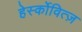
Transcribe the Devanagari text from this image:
हेर्स्कोवित्ज़